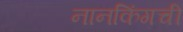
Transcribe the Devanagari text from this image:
नानकिंगची